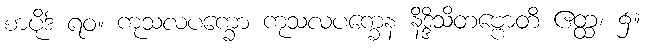
စာပိုဒ် ရဝ။ ကုသလပက္ခော ကုသလပက္ခေန နိဒ္ဒိသိတဗ္ဗောတိ ဧတ္ထ၊ ၌။